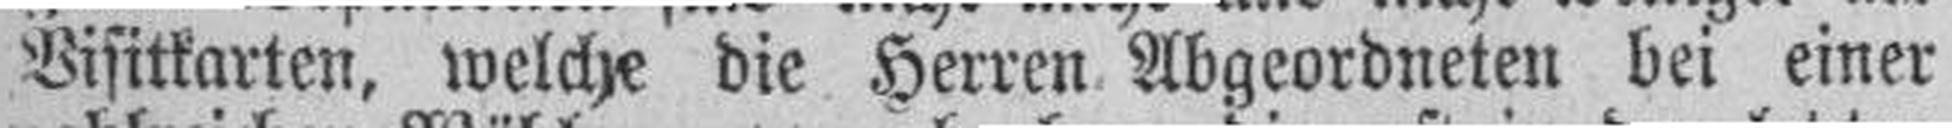
Visitkarten, welche die Herren Abgeordneten bei einer